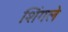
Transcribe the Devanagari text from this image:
शिंगले